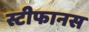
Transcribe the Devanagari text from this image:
स्टीफानस